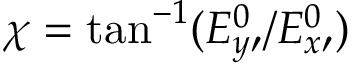
\chi = \tan ^ { - 1 } ( E _ { y \prime } ^ { 0 } / E _ { x \prime } ^ { 0 } )